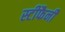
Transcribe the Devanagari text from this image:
स्टीफैनी